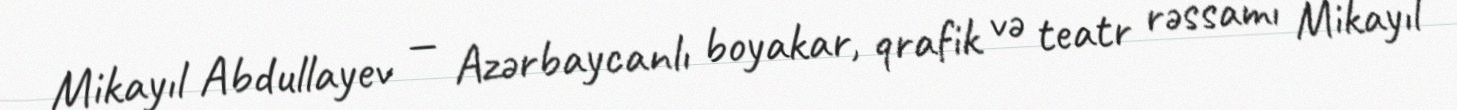
Mikayıl Abdullayev — Azərbaycanlı boyakar, qrafik və teatr rəssamı Mikayıl